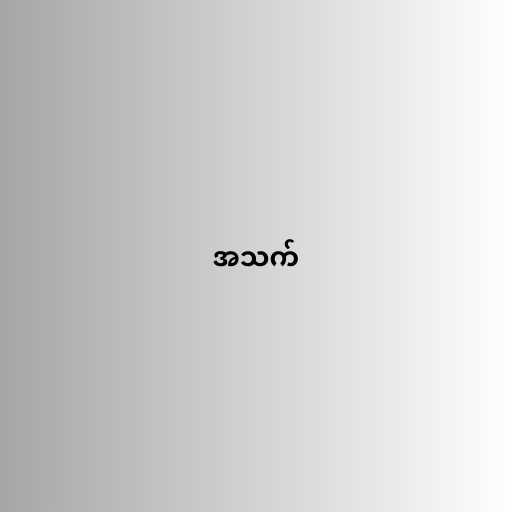
အသက်